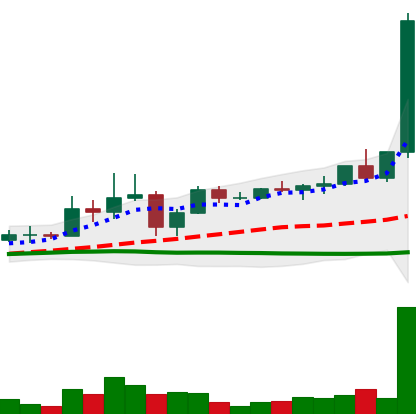
Ticker: XRP-USD
Chart end date: 2021-04-05
Forward return: 49.316%
Label: up_7plus